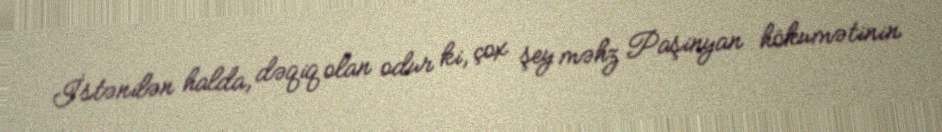
İstənilən halda, dəqiq olan odur ki, çox şey məhz Paşinyan hökumətinin